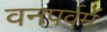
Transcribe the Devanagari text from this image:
वनपर्वमें